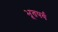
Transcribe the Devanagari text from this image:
भूतपर्व